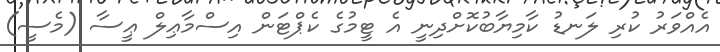
އެއްވަރު ކުރި ލަނޑު ކާމިޔާބުކޮށްދިނީ އެ ޓީމުގެ ކެޕްޓަން އިސްމާޢިލް ޢީސާ (މެސީ)